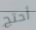
أحتج